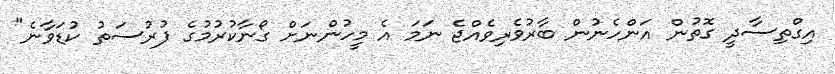
އިގްތިސާދީ ގޮތުން އަންހެނުން ބާރުވެރިވެއްޖެ ނަމަ އެ މީހުންނަށް ގޯނާކުރުމުގެ ފުރުސަތު ކުޑަވާނެ"